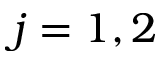
j = 1 , 2